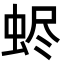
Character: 𧋅